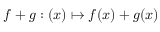
f + g : ( x ) \mapsto f ( x ) + g ( x )